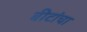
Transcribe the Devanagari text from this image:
वीटांचा